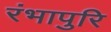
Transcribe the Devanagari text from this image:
रंभापुरि